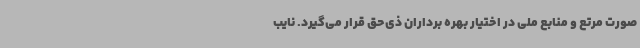
صورت مرتع و منابع ملی در اختیار بهره برداران ذی‌حق قرار می‌گیرد. نایب